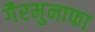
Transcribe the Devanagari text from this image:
गैरमुनाफा